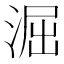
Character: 淈